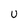
Character: U